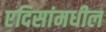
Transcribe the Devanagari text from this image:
एदिसांमधील